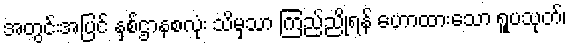
အတွင်းအပြင် နှစ်ဌာနစလုံး သိမှသာ ကြည်ညိုရန် ဟောထားသော ရူပသုတ်၊